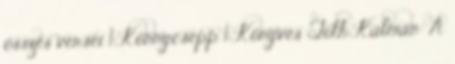
összes versei 1 Könnycsepp 1 Könyves Tóth Kálmán: A